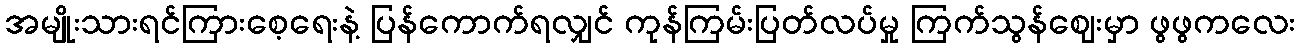
အမျိုးသားရင်ကြားစေ့ရေးနဲ့ ပြန်ကောက်ရလျှင် ကုန်ကြမ်းပြတ်လပ်မှု ကြက်သွန်ဈေးမှာ ဖွဖွကလေး